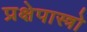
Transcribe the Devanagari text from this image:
प्रक्षेपास्त्रो